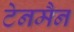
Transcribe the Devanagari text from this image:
टेनमैन